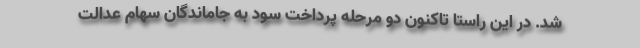
شد. در این راستا تاکنون دو مرحله پرداخت سود به جاماندگان سهام عدالت